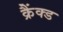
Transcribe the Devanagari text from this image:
क्रैंक्ड